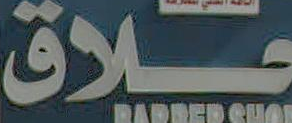
علاق